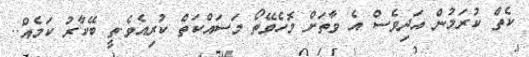
ކެތް ކުރަމުން އަދިވެސް އެ ވާތަށް މޮހެވޭތޯ މަސައްކަތް ކުރިއެވެ.ތީ ބޭކާރު ކަމެއް..